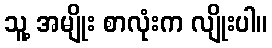
သူ့ အမျိုး စာလုံးက လျိုးပါ။